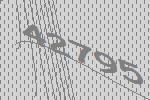
42795